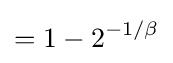
=1-2^{-1/\beta }